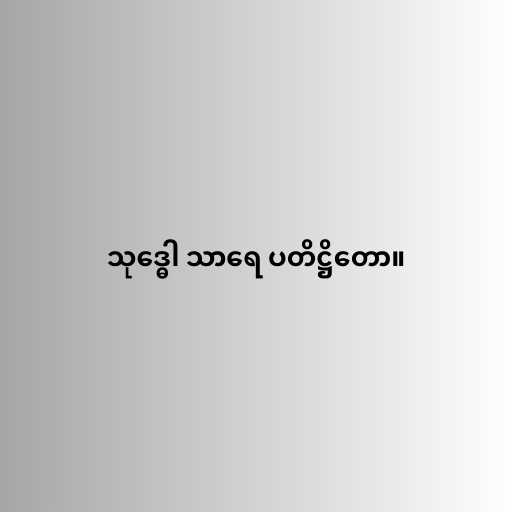
သုဒ္ဓေါ သာရေ ပတိဋ္ဌိတော။